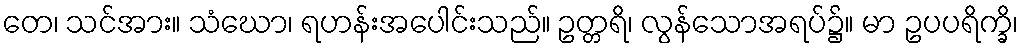
တေ၊ သင်အား။ သံဃော၊ ရဟန်းအပေါင်းသည်။ ဥတ္တရိ၊ လွန်သောအရပ်၌။ မာ ဥပပရိက္ခိ၊